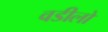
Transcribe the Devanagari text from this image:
वडीलो